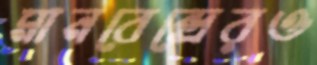
মানবেন্দ্রেরও